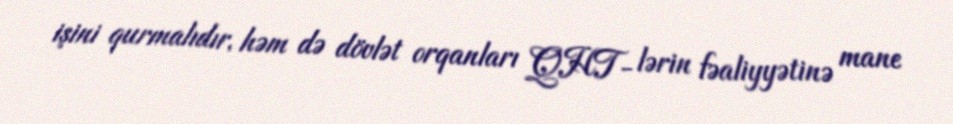
işini qurmalıdır, həm də dövlət orqanları QHT- lərin fəaliyyətinə mane